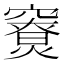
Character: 𥨤